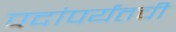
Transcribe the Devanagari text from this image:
पदांपर्यंतची